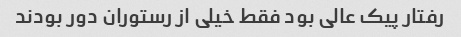
رفتار پیک عالی بود فقط خیلی از رستوران دور بودند